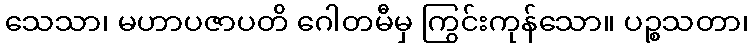
သေသာ၊ မဟာပဇာပတိ ဂေါတမီမှ ကြွင်းကုန်သော။ ပဉ္စသတာ၊